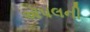
ઍપલની